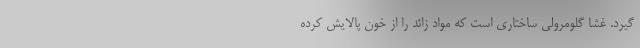
گیرد. غشا گلومرولی ساختاری است که مواد زائد را از خون پالایش کرده